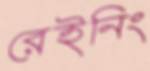
রেইনিং